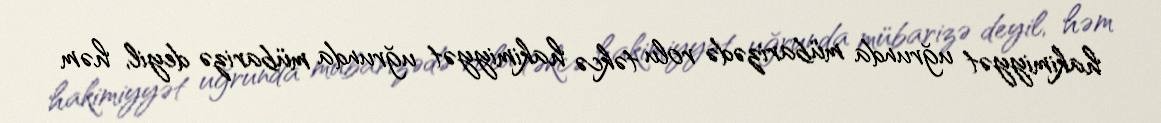
hakimiyyət uğrunda mübarizədə rolu təkcə hakimiyyət uğrunda mübarizə deyil, həm